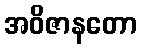
အဝိဇာနတော